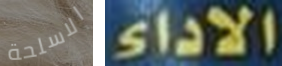
الاسلحة الاداء